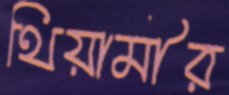
থিয়ামীর